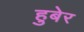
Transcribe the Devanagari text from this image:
हुबेर